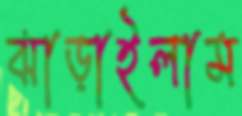
ঝাড়াইলাম